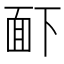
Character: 𮧉